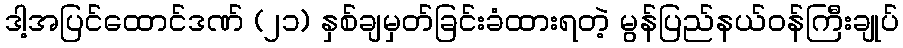
ဒါ့အပြင်ထောင်ဒဏ် (၂၁) နှစ်ချမှတ်ခြင်းခံထားရတဲ့ မွန်ပြည်နယ်ဝန်ကြီးချုပ်